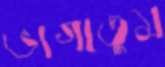
ভাগাতুম